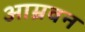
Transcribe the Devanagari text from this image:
आम्रवन